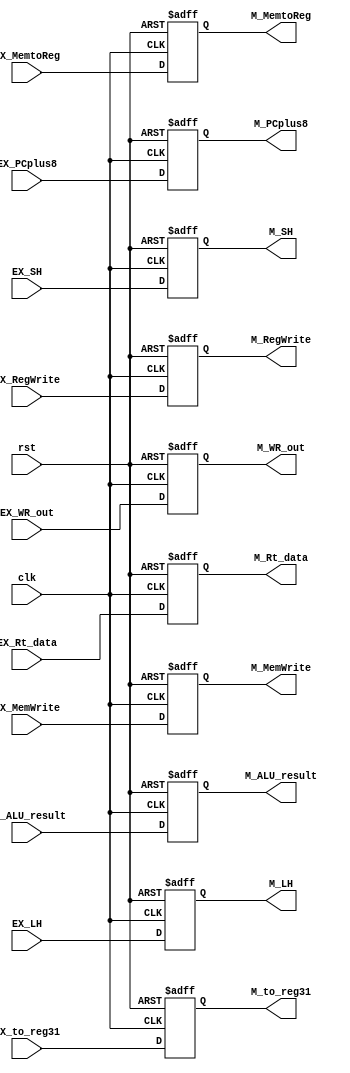
// EX_M

module EX_M ( clk,
			  rst,
			  // input 
			  // WB
			  EX_MemtoReg,
			  EX_RegWrite,
			  // M
			  EX_MemWrite,
			  // write your code in here
			  // pipe
			  EX_ALU_result,
			  EX_Rt_data,
			  EX_PCplus8,
			  EX_WR_out,
			  // output
			  // WB
			  M_MemtoReg,
			  M_RegWrite,
			  // M
			  M_MemWrite,
			  // write your code in here
			  // pipe
			  M_ALU_result,
			  M_Rt_data,
			  M_PCplus8,
			  M_WR_out,
M_SH,M_LH,M_to_reg31,EX_SH,EX_LH,EX_to_reg31  
			  );
	
	parameter pc_size = 18;	
	parameter data_size = 32;
	
	input clk, rst;		  
			  
	// WB		  
	input EX_MemtoReg;
    input EX_RegWrite;
    // M
    input EX_MemWrite;
	// write your code in here
	// pipe		  
	input [data_size-1:0] EX_ALU_result;
    input [data_size-1:0] EX_Rt_data;
    input [pc_size-1:0] EX_PCplus8;
    input [4:0] EX_WR_out;
	
	// WB
	output M_MemtoReg;	
	output M_RegWrite;	
	// M	
	output M_MemWrite;	
	// write your code in here
	// pipe		  
	output [data_size-1:0] M_ALU_result;
	output [data_size-1:0] M_Rt_data;
	output [pc_size-1:0] M_PCplus8;
	output [4:0] M_WR_out;
	
	// write your code in here

	reg M_MemtoReg;	
	reg M_RegWrite;	
	// M	
	reg M_MemWrite;	
	// write your code in here
	// pipe		  
	reg [data_size-1:0] M_ALU_result;
	reg [data_size-1:0] M_Rt_data;
	reg [pc_size-1:0] M_PCplus8;
	reg [4:0] M_WR_out;

	input EX_SH,EX_LH,EX_to_reg31;
	output M_SH,M_LH,M_to_reg31;
	reg M_SH,M_LH,M_to_reg31;

	always@(negedge clk or posedge rst) 
    begin 
	if(rst)
	begin
	M_MemtoReg <=0 ;
	M_RegWrite <=0 ;
	M_MemWrite <=0 ;
	M_ALU_result <=0 ;
	M_Rt_data <=0 ;
	M_PCplus8 <=0 ;
	M_WR_out <=0 ;
	M_SH <=0;
	M_LH <=0;
	M_to_reg31 <= 0;
	
	end

	else
	begin
	M_MemtoReg <= EX_MemtoReg;
	M_RegWrite <= EX_RegWrite;
	M_MemWrite <= EX_MemWrite;
	M_ALU_result <= EX_ALU_result ;
	M_Rt_data <= EX_Rt_data;
	M_PCplus8 <= EX_PCplus8;
	M_WR_out <= EX_WR_out;
	M_SH <=EX_SH;
	M_LH <=EX_LH;
	M_to_reg31 <= EX_to_reg31;

	end
    end 
	
endmodule